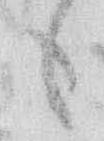
も